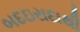
બદઇરાદાથી